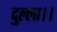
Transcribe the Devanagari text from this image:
दुल्ला।।